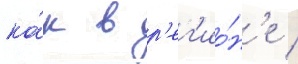
ка́к в р'ег'ио́н'е /